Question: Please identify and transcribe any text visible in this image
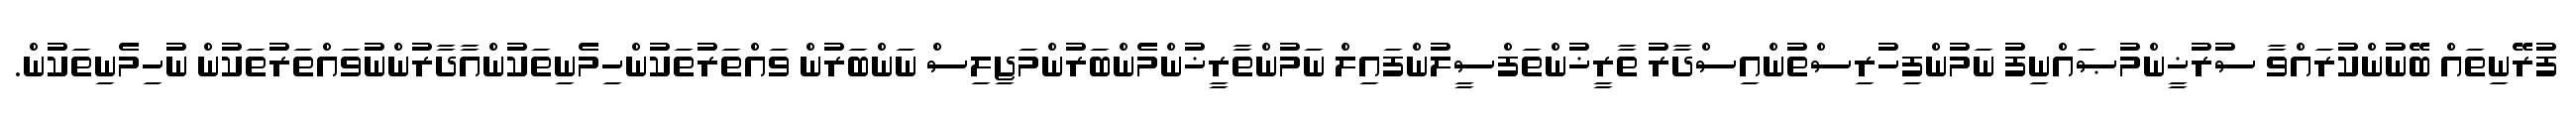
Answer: ފުރޭނިތައް ބޭނުންކުރައްވާ ސުރުޚީންމުޞައްނިފު ނަމުންފިހުރިސްތުންއިސްދާރު ތާރީޚުންތަފްސީލުންފައިލް ނަމުންތާރީޚުންމެންބަރުންމަޖިލިސް ނަންބަރުން ވައްތަރުތަކުންހިމެނިތަކުންއާދާރުންނުވައްތަރުތަކުން ނުހިމެނިތަކުން.